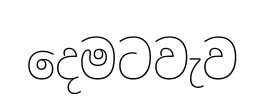
දෙමටවැව